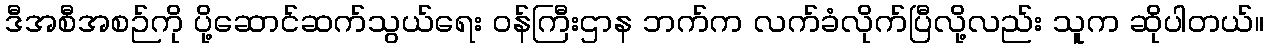
ဒီအစီအစဉ်ကို ပို့ဆောင်ဆက်သွယ်ရေး ဝန်ကြီးဌာန ဘက်က လက်ခံလိုက်ပြီလို့လည်း သူက ဆိုပါတယ်။